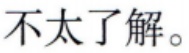
不太了解。